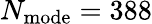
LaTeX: N_{\mathrm{mode}}=388